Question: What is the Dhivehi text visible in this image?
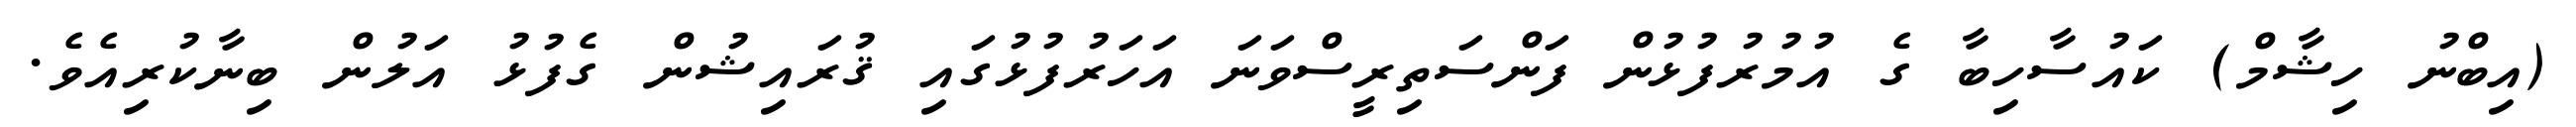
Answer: (އިބްނު ހިޝާމް) ކައުސާހިބާ ގެ އުމުރުފުޅުން ފަންސަތިރީސްވަނަ އަހަރުފުޅުގައި ޤުރައިޝުން ގެފުޅު އަލުން ބިނާކުރިއެވެ.